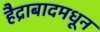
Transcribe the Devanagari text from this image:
हैद्राबादमधून